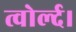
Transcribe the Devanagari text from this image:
त्वोर्ल्द।